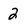
Character: 2